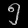
Digit: ၅